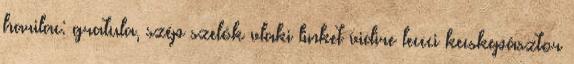
harilac: gratula, szép szelók vlaki linket vidire leccci kecskepásztor